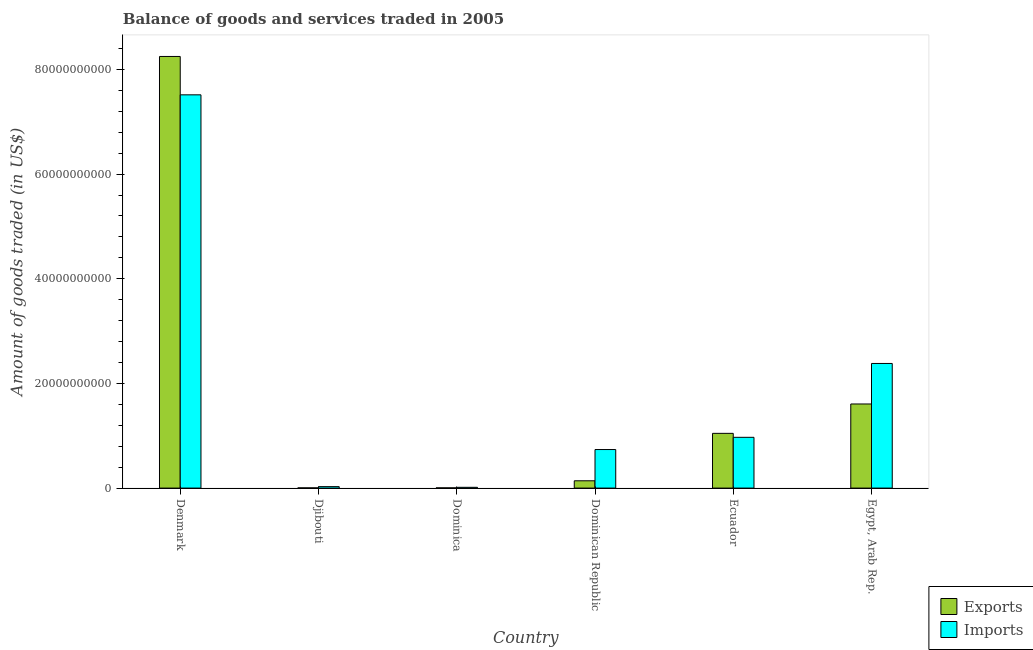
| Country | Exports | Imports |
 | --- | --- | --- |
 | Denmark | 8.25e+10 | 7.52e+10 |
 | Djibouti | 3.95e+07 | 2.77e+08 |
 | Dominica | 4.29e+07 | 1.46e+08 |
 | Dominican Republic | 1.4e+09 | 7.37e+09 |
 | Ecuador | 1.05e+10 | 9.7e+09 |
 | Egypt, Arab Rep. | 1.61e+10 | 2.38e+10 |